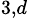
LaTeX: ^{3,d}